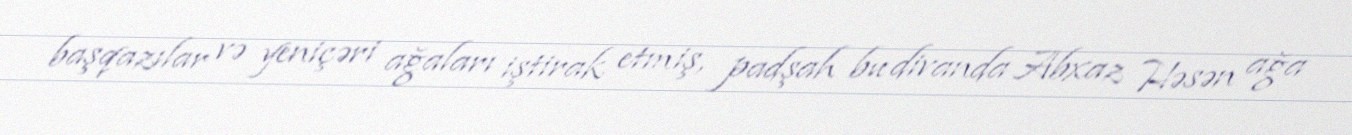
başqazılar və yeniçəri ağaları iştirak etmiş, padşah bu divanda Abxaz Həsən ağa